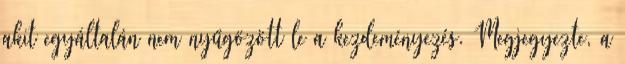
akit egyáltalán nem nyűgözött le a kezdeményezés. Megjegyezte, a